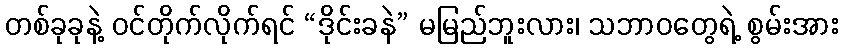
တစ်ခုခုနဲ့ ဝင်တိုက်လိုက်ရင် “ဒိုင်းခနဲ” မမြည်ဘူးလား၊ သဘာဝတွေရဲ့ စွမ်းအား